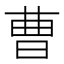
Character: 曹